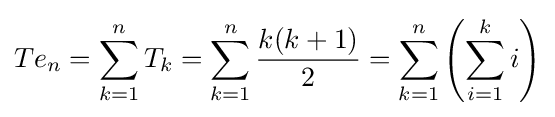
Te_{n}=\sum _{k=1}^{n}T_{k}=\sum _{k=1}^{n}{\frac {k(k+1)}{2}}=\sum _{k=1}^{n}\left(\sum _{i=1}^{k}i\right)